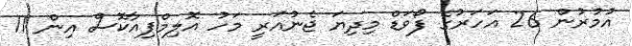
އުމުރުން 26 އަހަރުގެ ފޯވަޑް މިދިޔަ ޖެނުއަރީ މަހު އޮލިމްޕިއާކޮސް އިން 11